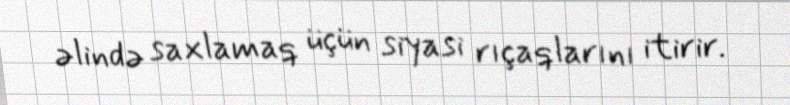
əlində saxlamaq üçün siyasi rıçaqlarını itirir.